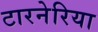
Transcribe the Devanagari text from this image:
टारनेरिया